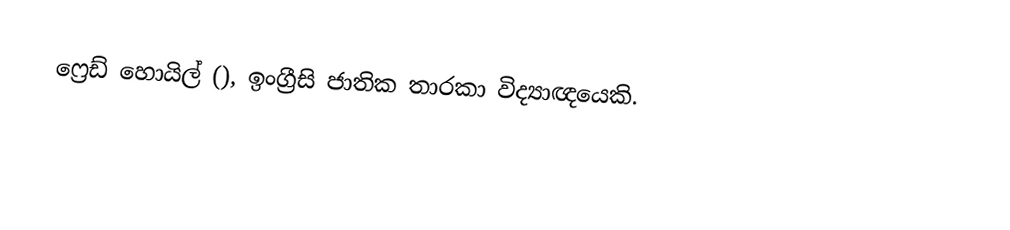
ෆ්‍රෙඩ් ‍හොයිල් (), ඉංග්‍රීසි ජාතික තාරකා විද්‍යාඥයෙකි.